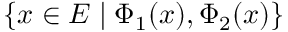
\{ x \in E \mid \Phi _ { 1 } ( x ) , \Phi _ { 2 } ( x ) \}